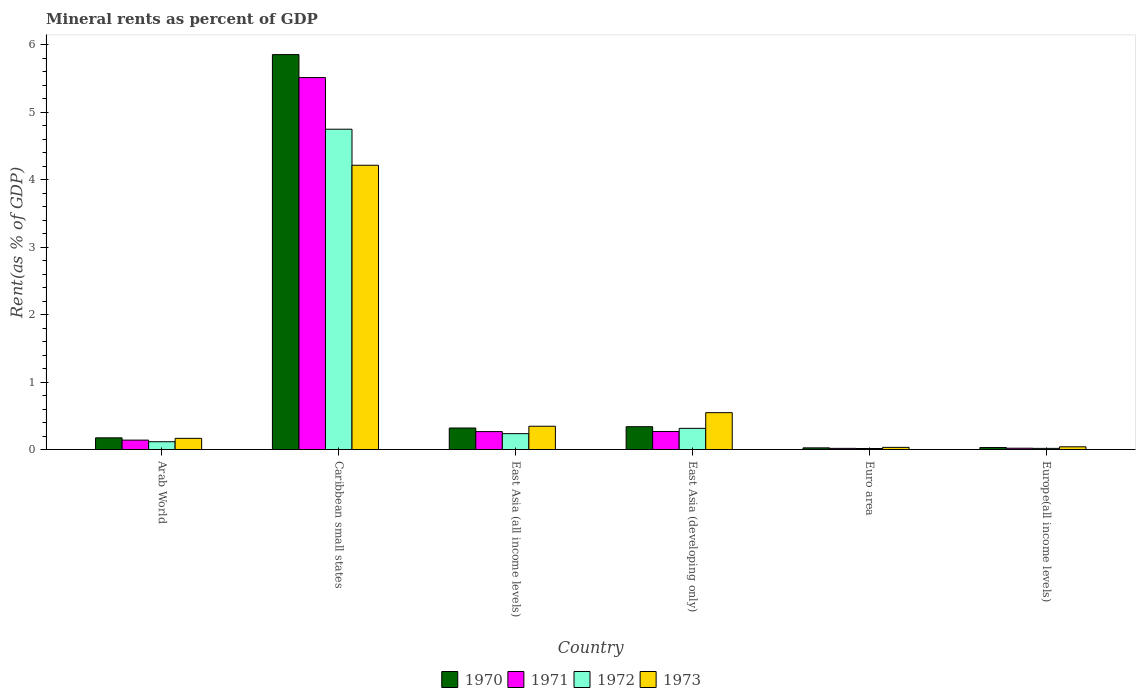
| Country | 1970 | 1971 | 1972 | 1973 |
 | --- | --- | --- | --- | --- |
 | Arab World | 0.173 | 0.139 | 0.116 | 0.166 |
 | Caribbean small states | 5.86 | 5.52 | 4.75 | 4.22 |
 | East Asia (all income levels) | 0.319 | 0.266 | 0.235 | 0.345 |
 | East Asia (developing only) | 0.338 | 0.268 | 0.314 | 0.547 |
 | Euro area | 0.0246 | 0.0171 | 0.015 | 0.0319 |
 | Europe(all income levels) | 0.0293 | 0.0194 | 0.017 | 0.0402 |